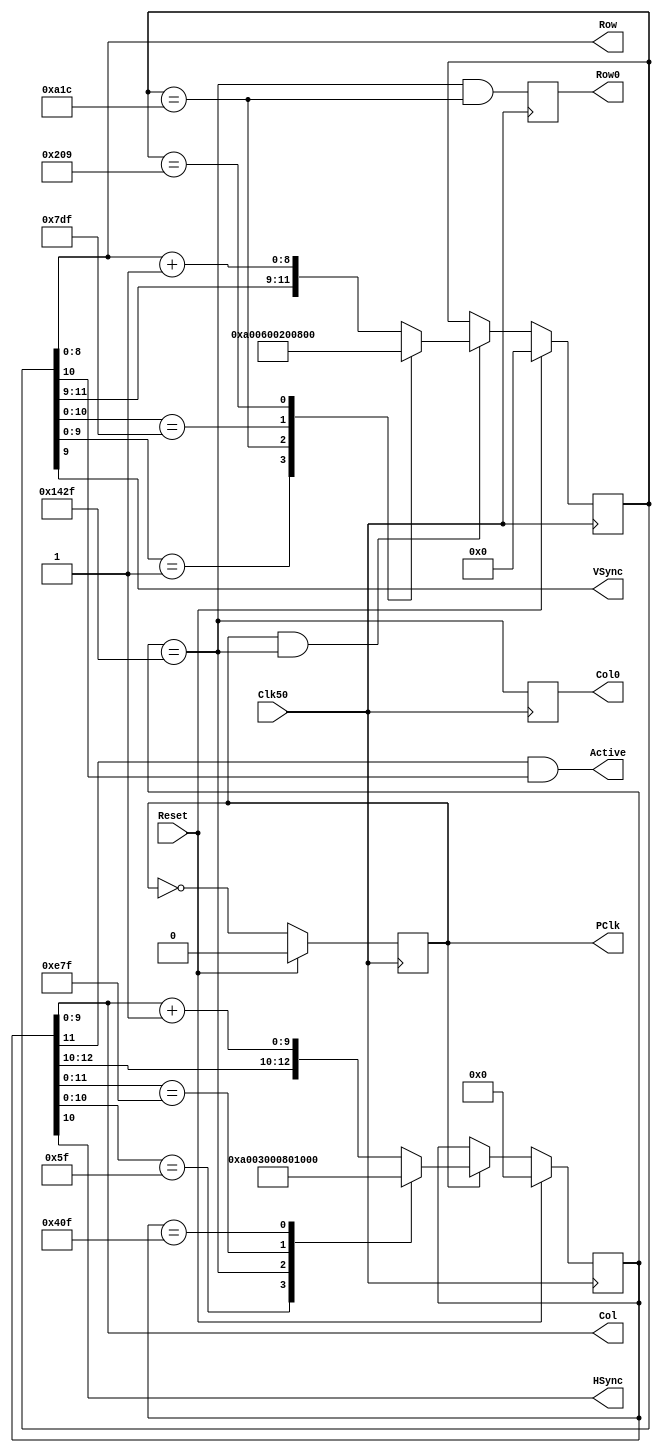
/*
 * VGA timing generator
 *
 */

module VGA_CTRL( Reset, VSync, HSync, Clk50, PClk, Row, Col, Row0, Col0, Active );
    input Reset;
    output VSync;
    output HSync;
    input Clk50;

    // outputs to data generator
    output PClk;		// pixel clock
    output Row0;		// pulse when Row == 0
    output Col0;		// pulse when Col == 0
    output [9:0] Col;		// next column
    output [8:0] Row;		// next row
    output Active;		//

reg PClk;			// pixel clock
reg Row0;			// pulse when Row == 0
reg Col0;			// pulse when Col == 0
reg [12:0] HClock;
reg [11:0] VClock;
assign Col = HClock[9:0];
assign Row = VClock[8:0];
assign Active = HClock[11] & VClock[10];
assign VSync = VClock[9];
assign HSync = HClock[10];


/*
 * Initial conditions
 */
initial begin
PClk = 0;
end
 
/*
 * VGA timing information.
 */
parameter 
    HSYNC   = 10'd95,
    HBACK   = 10'd47,
    HACTIVE = 10'd639,
    HFRONT  = 10'd15;

parameter
    VSYNC   = 9'd1,
    VBACK   = 9'd28,
    VACTIVE = 9'd479,
    VFRONT  = 9'd9;

wire HStart = ( HClock == {3'b101, HBACK} );
wire VStart = ( VClock == {3'b101, VBACK} );

/*
 * make 25 MHz pixelclock
 */
always @(posedge Clk50)
       PClk <= Reset ? 0 : ~PClk;

/*
 * Horizontal timing state machine
 */
always @(posedge Clk50) 
begin
   if( Reset ) 
	begin
		HClock <= 0;
		Col0 <= 0;
   end 
	else if( PClk ) 
	begin
		casex( HClock )
	    { 3'bxx0, HSYNC   } : HClock <= { 3'b101, 10'd0 };
	    { 3'b101, HBACK   } : HClock <= { 3'b011, 10'd0 };
	    { 3'bx11, HACTIVE } : HClock <= { 3'b001, 10'd0 };
	    { 3'b001, HFRONT  } : HClock <= { 3'b100, 10'd0 };

	    default:
		HClock <= { HClock[12:10], HClock[9:0] + 10'd1 };
	endcase
    end
    Col0 <= HStart;
end

/*
 * Vertical timing state machine
 */
always @(posedge Clk50) begin
    if( Reset ) begin
	VClock <= 0;
	Row0 <= 0;
    end else if( PClk & HStart ) begin
	casex ( VClock )
	    { 3'bxx0, VSYNC   } : VClock <= { 3'b101, 9'd0 };
	    { 3'b101, VBACK   } : VClock <= { 3'b011, 9'd0 };
	    { 3'bx11, VACTIVE } : VClock <= { 3'b001, 9'd0 };
	    { 3'b001, VFRONT  } : VClock <= { 3'b100, 9'd0 };

	    default:
		VClock <= { VClock[11:9], VClock[8:0] + 9'd1};
	endcase
    end
    Row0 <= HStart & VStart;
end

endmodule